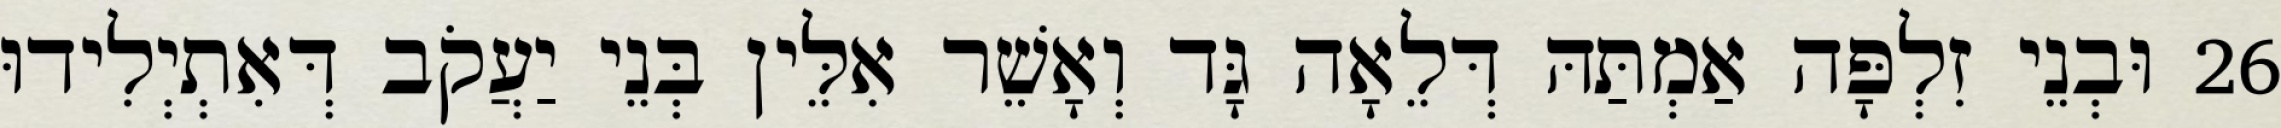
26 וּבְנֵי זִלְפָּה אַמְתַּהּ דְּלֵאָה גָּד וְאָשֵׁר אִלֵּין בְּנֵי יַעֲקֹב דְּאִתְיְלִידוּ